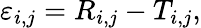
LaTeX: \varepsilon_{i,j}=R_{i,j}-T_{i,j},